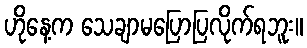
ဟိုနေ့က သေချာမပြောပြလိုက်ရဘူး။